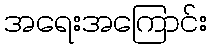
အရေးအကြောင်း